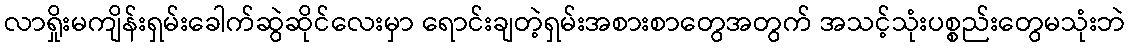
လာရှိုးမကျိန်းရှမ်းခေါက်ဆွဲဆိုင်လေးမှာ ရောင်းချတဲ့ရှမ်းအစားစာတွေအတွက် အသင့်သုံးပစ္စည်းတွေမသုံးဘဲ